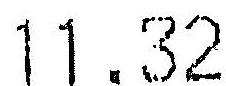
11.32